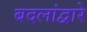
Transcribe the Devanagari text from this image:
बदलांद्वारे